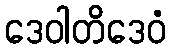
ဒေဝါတိဒေဝံ